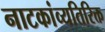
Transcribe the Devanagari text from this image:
नाटकांव्यतिरिक्त